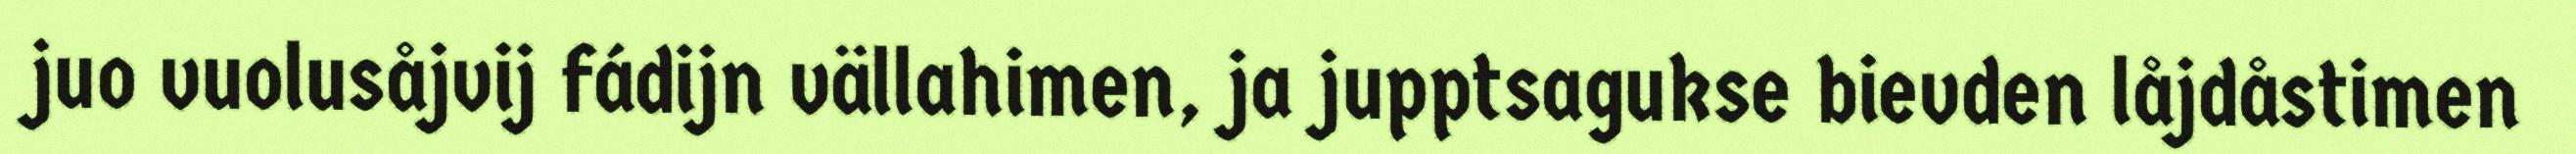
juo vuolusåjvij fádijn vällahimen, ja jupptsagukse bievden låjdåstimen